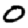
Digit: 0